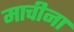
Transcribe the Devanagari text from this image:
माचीना